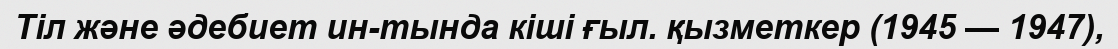
Тіл және әдебиет ин-тында кіші ғыл. қызметкер (1945 — 1947),